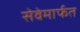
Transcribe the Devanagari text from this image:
सेवेमार्फत